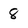
Character: 8